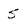
Character: s